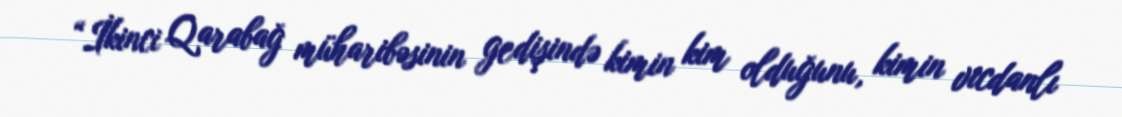
“İkinci Qarabağ müharibəsinin gedişində kimin kim olduğunu, kimin vicdanlı